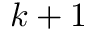
k + 1